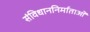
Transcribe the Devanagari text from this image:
संविधाननिर्माताओं